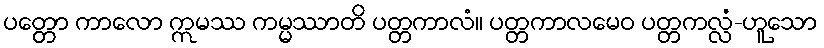
ပတ္တော ကာလော ဣမဿ ကမ္မဿာတိ ပတ္တကာလံ။ ပတ္တကာလမေဝ ပတ္တကလ္လံ-ဟူသော